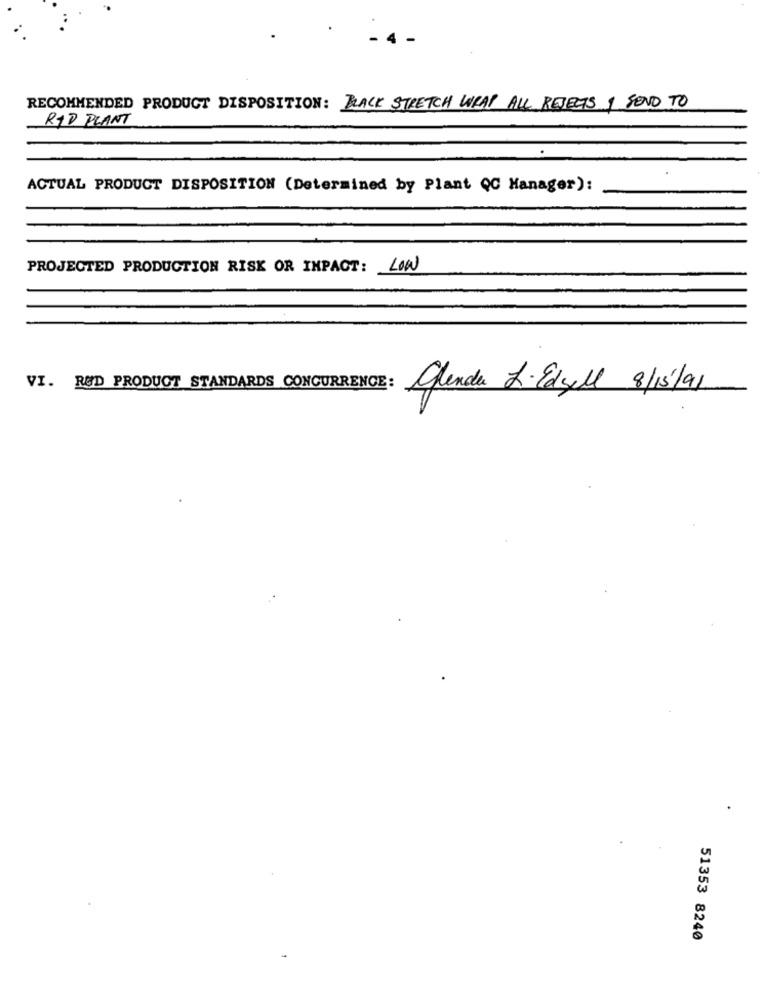
RECOMMENDED PRODUCT DISPOSITION: BLACK STRETCH WRAP ALL REJECTS I SEND TO
RAD PLANT
ACTUAL PRODUCT DISPOSITION (Determined by Plant QC Manager):
PROJECTED PRODUCTION RISK OR IMPACT: LOW
VI. RØD PRODUCT STANDARDS CONCURRENCE:
glenda L· Edgyll 8/13/91
51353 8240